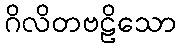
ဂိလိတဗဠိသော